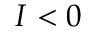
I < 0